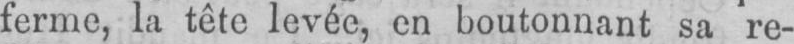
ferme, la tête levée, en boutonnant sa re-